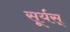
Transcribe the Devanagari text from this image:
सूर्यस्